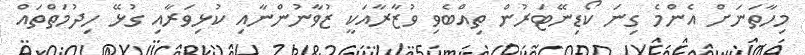
މިހާތަނަށް އެންމެ ގިނަ ކޯޑިނޭޓަރުން ތިއްބެވި ވުޒާރާއަކީ ޒުވާނުންނާއި ކުޅިވަރާއި ގުޅޭ ހިދުމަތްތައް